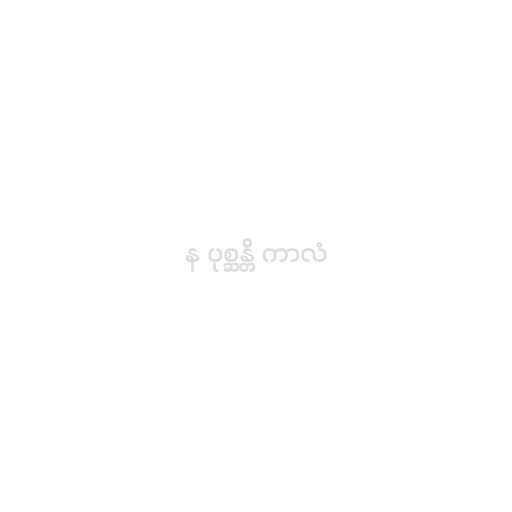
န ပုစ္ဆန္တိ ကာလံ